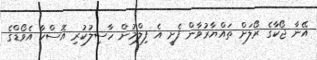
އޭނާ ޖޯކާގެ ރޯލަށް ތައްޔާރުވާން ފެށީ އެ ފިލްމުން ހާސިލުކުރި އޮސްކާ އެވޯޑްގެ